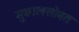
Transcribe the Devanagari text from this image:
मुछालसोबत